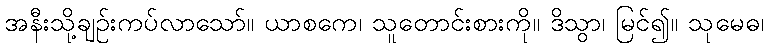
အနီးသို့ချဉ်းကပ်လာသော်။ ယာစကေ၊ သူတောင်းစားကို။ ဒိသွာ၊ မြင်၍။ သုမေဓ၊